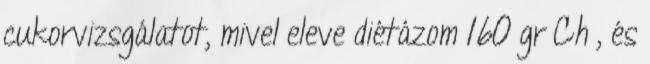
cukorvizsgálatot, mivel eleve diétázom 160 gr Ch , és